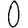
Digit: 0